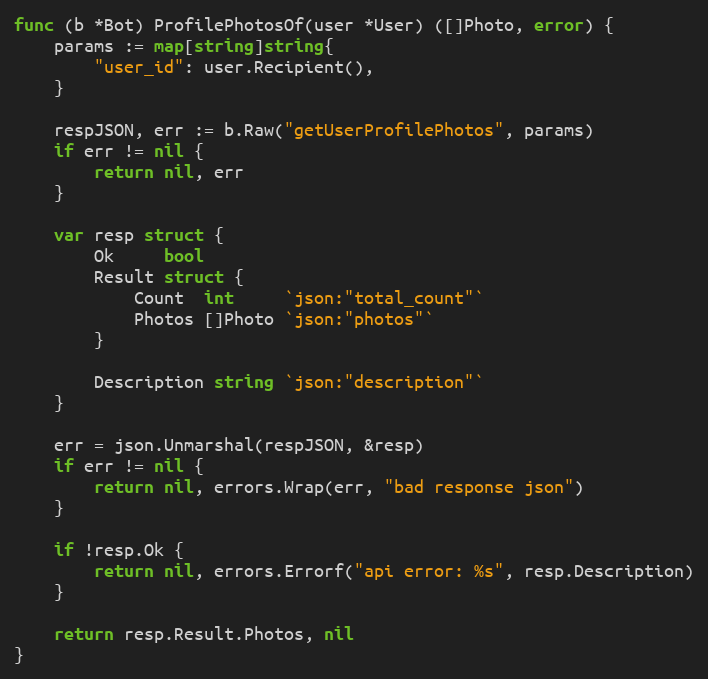
Language: Go
func (b *Bot) ProfilePhotosOf(user *User) ([]Photo, error) {
	params := map[string]string{
		"user_id": user.Recipient(),
	}

	respJSON, err := b.Raw("getUserProfilePhotos", params)
	if err != nil {
		return nil, err
	}

	var resp struct {
		Ok     bool
		Result struct {
			Count  int     `json:"total_count"`
			Photos []Photo `json:"photos"`
		}

		Description string `json:"description"`
	}

	err = json.Unmarshal(respJSON, &resp)
	if err != nil {
		return nil, errors.Wrap(err, "bad response json")
	}

	if !resp.Ok {
		return nil, errors.Errorf("api error: %s", resp.Description)
	}

	return resp.Result.Photos, nil
}